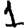
Digit: 1